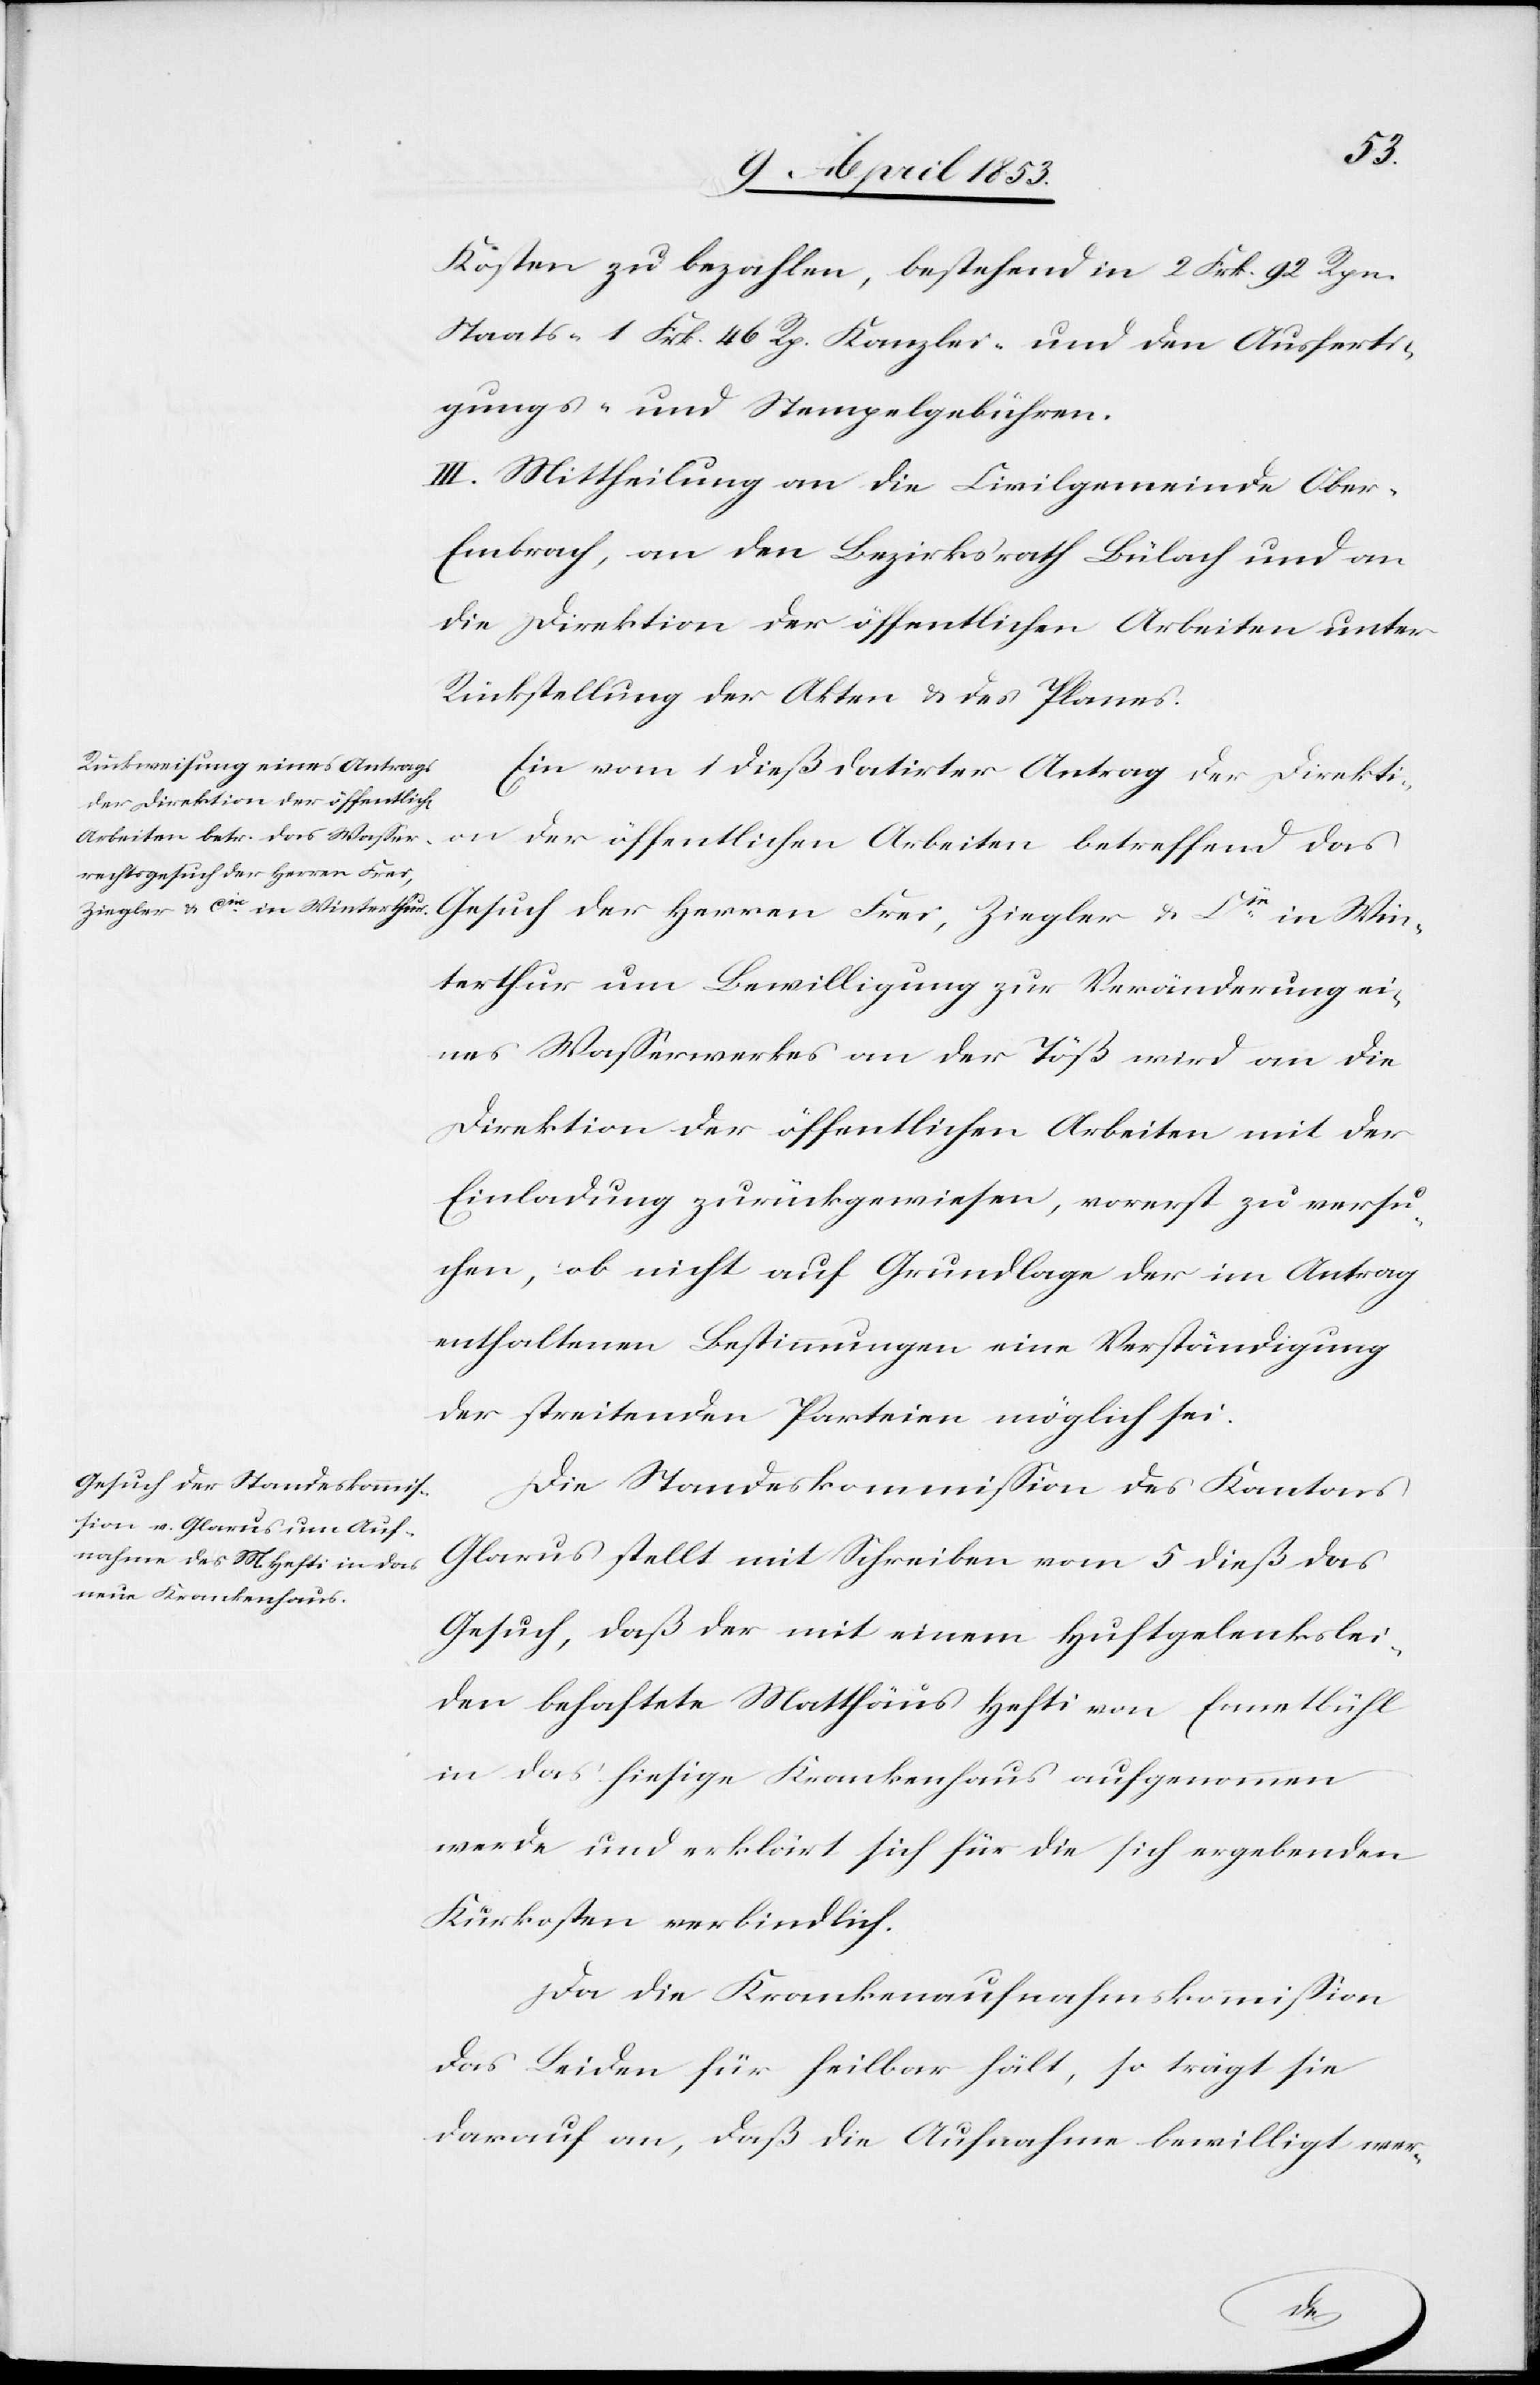
Wi¬
Kosten zu bezahlen, bestehend in 2 Frk. 92 Rpn.
Staats- 1 Frk. 46 Rp. Kanzlei- und den Ausferti¬
gungs- u. Stempelgebühren.
III. Mittheilung an die Civilgemeinde Ober-E¬
mbrach, an den Bezirksrath Bülach und an
die Direktion der öffentlichen Arbeiten unter
Rückstellung der Akten u. des Planes.
Ein vom 1 dieß datirter Antrag der Direkti¬
on der öffentlichen Arbeiten betreffend das
nterthur um Bewilligung zur Veränderung ei¬
nes Waßerwerkes an der Töß wird an die
Direktion der öffentlichen Arbeiten mit der
Einladung zurückgewiesen, vorerst zu ersu¬
chen, ob nicht auf Grundlage der im Antrag
enthaltenen Bestimmungen eine Verständigung
der streitenden Parteien möglich sei.
Die Standeskommißion des Kantons
Glarus stellt mit Schreiben vom 5 dieß das
Gesuch, daß der mit einem Huftgelenkslei¬
den behaftete Matthäus Hefti von Ennetbühl
in das hiesige Krankenhaus aufgenommen
werde und erklärt sich für die sich ergebenden
Kurkosten verbindlich.
Da die Krankenaufnahmskommißion
das Leiden für heilbar hält, so trägt sie
darauf an, daß die Aufnahme bewilligt wer-
u.